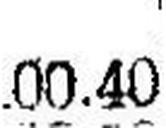
100.40